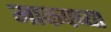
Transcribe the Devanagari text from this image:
माकपच्या